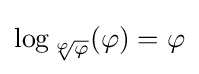
\log _{\sqrt[{\varphi }]{\varphi }}(\varphi )=\varphi